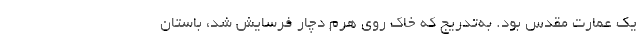
یک عمارت مقدس بود. به‌تدریج که خاک روی هرم دچار فرسایش شد، باستان